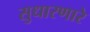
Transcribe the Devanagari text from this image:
सुधारणारे